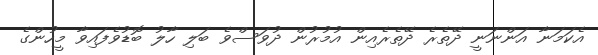
އެކަމަނާ އަންނަނީ ދޭތެރެ ދޭތެރެއިން އުމުރުން ދުވަސްވެ ބަލި ހާލު ބޮޑުވެފައިވާ މީހުންގެ